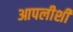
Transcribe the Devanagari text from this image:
आपलीशी